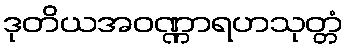
ဒုတိယအဝဏ္ဏာရဟသုတ္တံ